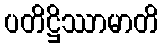
ပတိဋ္ဌိဿာမာတိ